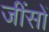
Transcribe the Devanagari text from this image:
जींसों